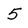
Character: 5